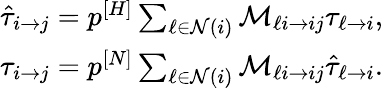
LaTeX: \begin{array}{l}{\hat{\tau}_{i\rightarrow j}=p^{[H]}\sum_{\ell\in\mathcal{N}(i)}\mathcal{M}_{\ell i\rightarrow ij}\tau_{\ell\rightarrow i},}\\ {\tau_{i\rightarrow j}=p^{[N]}\sum_{\ell\in\mathcal{N}(i)}\mathcal{M}_{\ell i\rightarrow ij}\hat{\tau}_{\ell\rightarrow i}.}\end{array}{}